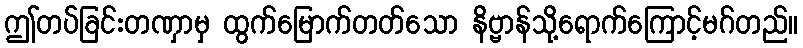
ဤတပ်ခြင်းတဏှာမှ ထွက်မြောက်တတ်သော နိဗ္ဗာန်သို့ရောက်ကြောင့်မဂ်တည်။